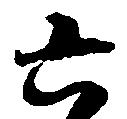
六